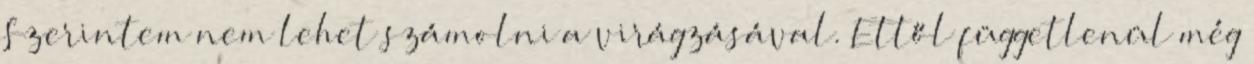
Szerintem nem lehet számolni a virágzásával. Ettől függetlenül még